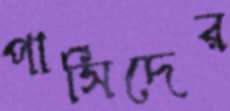
পার্সিদের